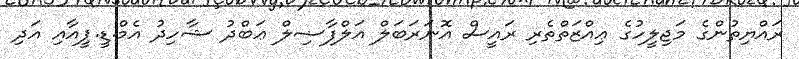
ރައްޔިތުންގެ މަޖިލީހުގެ ޢިއްޒަތްތެރި ރައީސް އޮނަރަބަލް އަލްފާޟިލް ޢަބްދު ޝާހިދު އެމް.ޑީ.ޕީއާއި އަދި